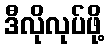
ဒီလိုလုပ်ဖို့